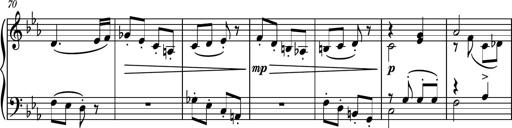
Title: Piano Sonatina No.5
Composer: Dimitri Sykias
Key: C minor